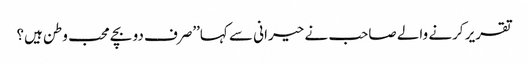
تقریر کرنے والے صاحب نے حیرانی سے کہا’’صرف دو بچے محب وطن ہیں؟